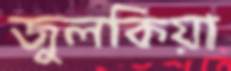
জুলকিয়া